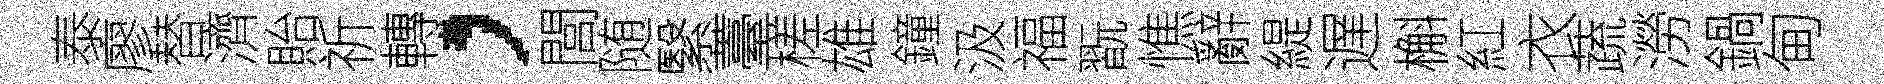
泰廖替濟貽祈轉，閭随繄薹槎雄鐘汲福翫憔辭緹遅槲紅衣蔬澇鍋甸